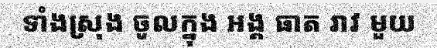
ទាំងស្រុង ចូលក្នុង អង្គ ធាត រាវ មួយ